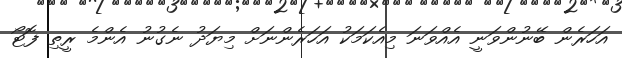
އަހަރެން ބޭނުންވަނީ އެއްވަނަ މިއެކަމަކު އަހަރެންނަށް މިޔަދު ނެގުނު އެންމެ ރީތި ފޮޓޯ